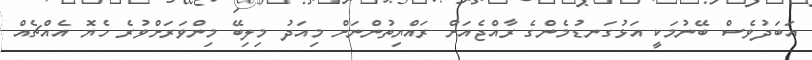
އަބަދުވެސް ބޭނުމަކީ އަޅުގަނޑުމެންގެ ރާއްޖެއަށް ރައްޔިތުންނަށް މިއަދު މިލިބޭ މިންވަރަށްވުރެ ހެޔޮ އެއްޗެއް